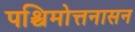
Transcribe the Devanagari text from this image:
पश्चिमोत्तनासन